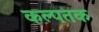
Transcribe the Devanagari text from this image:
कल्पतक